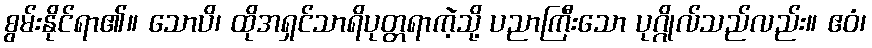
စွမ်းနိုင်ရာ၏။ သောပိ၊ ထိုအရှင်သာရိပုတ္တရာကဲ့သို့ ပညာကြီးသော ပုဂ္ဂိုလ်သည်လည်း။ ဧဝံ၊